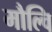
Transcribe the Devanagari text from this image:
मौल्वि